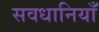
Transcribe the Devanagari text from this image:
सवधानियाँ